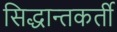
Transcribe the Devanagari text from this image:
सिद्धान्तकर्ती